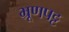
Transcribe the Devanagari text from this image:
भ्रूणपट्ट